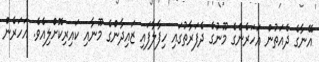
އޭނާގެ ދެއަތުން އަހަރެންގެ މޫނުގެ ދެފަރާތުގައި ހިފާލާފައި ޒައިދާންގެ މޫނާއި ކައިރިކޮށްލިއެވެ. އަހަރެން